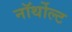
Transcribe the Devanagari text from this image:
नॉर्थोल्ट